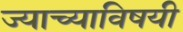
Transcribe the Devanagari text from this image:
ज्याच्याविषयी